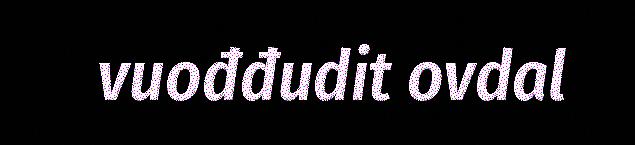
vuođđudit ovdal